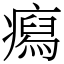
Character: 𤺎